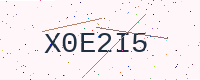
Text: X0E2I5